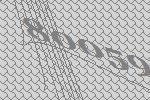
80059